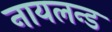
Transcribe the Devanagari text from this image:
नायलन्ड